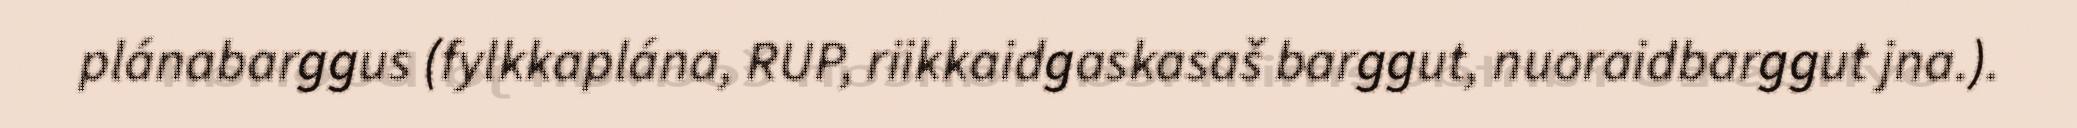
plánabarggus (fylkkaplána, RUP, riikkaidgaskasaš barggut, nuoraidbarggut jna.).